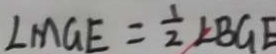
\angle M G E = \frac { 1 } { 2 } \angle B G E